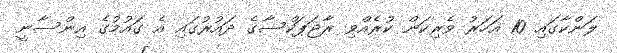
ލަންކާގައި 10 އަހަރު ވެރިކަން ކުރެއްވި ރާޖަޕަކްސާގެ ދައުރުގައި އެ ގައުމުގެ އިންސާނީ